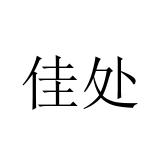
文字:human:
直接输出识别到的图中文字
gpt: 佳处